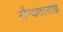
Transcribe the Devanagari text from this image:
सैन्यदलांचे